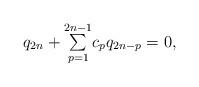
LaTeX: \begin{align*}q_{2n}+{\textstyle\sum\limits_{p=1}^{2n-1}}c_{p}q_{2n-p}=0,\end{align*}